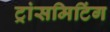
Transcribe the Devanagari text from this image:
ट्रांसमिटिंग